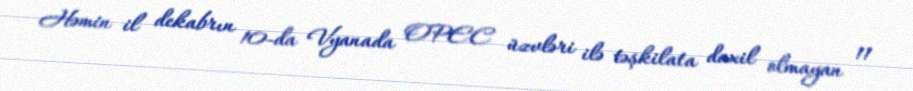
Həmin il dekabrın 10-da Vyanada OPEC üzvləri ilə təşkilata daxil olmayan 11